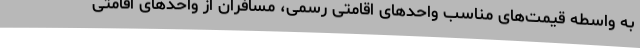
به واسطه قیمت‌های مناسب واحدهای اقامتی رسمی، مسافران از واحدهای اقامتی